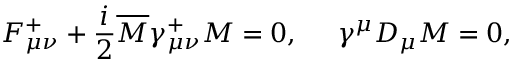
F _ { \mu \nu } ^ { + } + \frac { i } { 2 } \overline { { M } } \gamma _ { \mu \nu } ^ { + } M = 0 , \; \; \; \; \; \gamma ^ { \mu } D _ { \mu } M = 0 ,